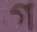
গ